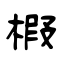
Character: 椵